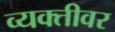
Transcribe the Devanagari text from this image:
व्‍यक्‍तीवर